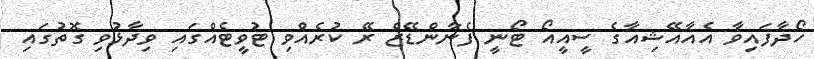
ހޯދާފައިވާ އެއާއޭޝިއާގެ ސީއީއޯ ޓޯނީ ފެނާންޑޭޒް ރޭ ކުރެއްވި ޓުވީޓެއްގައި ވިދާޅުވި ގޮތުގައި